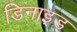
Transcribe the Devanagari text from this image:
डिनाइ़ड